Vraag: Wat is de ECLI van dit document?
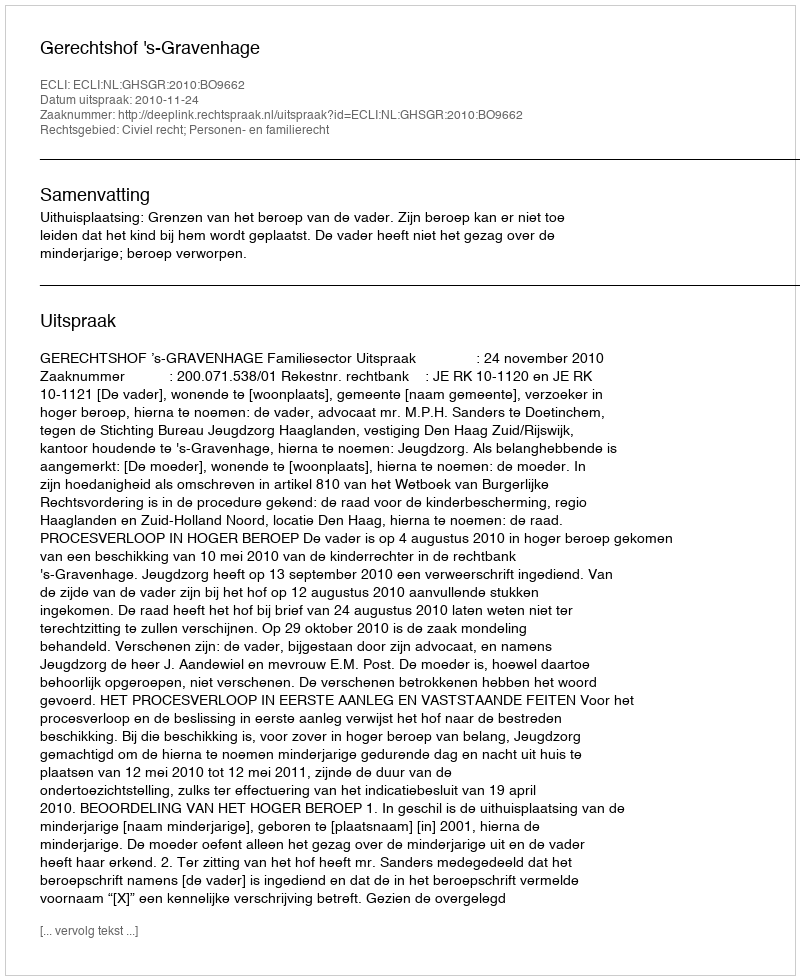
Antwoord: ECLI:NL:GHSGR:2010:BO9662